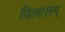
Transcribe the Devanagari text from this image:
विलासम्